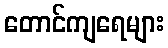
တောင်ကျရေများ